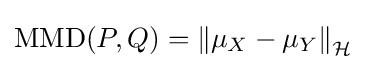
{\text{MMD}}(P,Q)=\left\|\mu _{X}-\mu _{Y}\right\|_{\mathcal {H}}